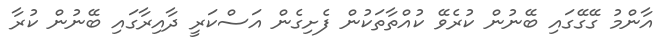
އާންމު ގޭގޭގައި ބޭނުން ކުރެވޭ ކުއްތާތަކުން ފެށިގެން އަސްކަރީ ދާއިރާގައި ބޭނުން ކުރާ